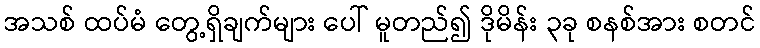
အသစ် ထပ်မံ တွေ့ရှိချက်များ ပေါ် မူတည်၍ ဒိုမိန်း ၃ခု စနစ်အား စတင်